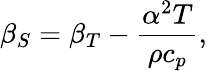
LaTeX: \beta_{S}=\beta_{T}-{\frac{\alpha^{2}T}{\rho c_{p}}},